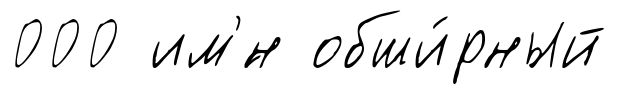
000 им'́н обши́рный